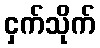
ငှက်သိုက်